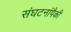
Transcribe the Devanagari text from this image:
संघटनांपैकी